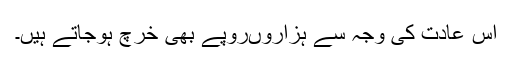
اس عادت کی وجہ سے ہزاروںروپے بھی خرچ ہوجاتے ہیں۔